Indian Civil Veterinary Department memoirs
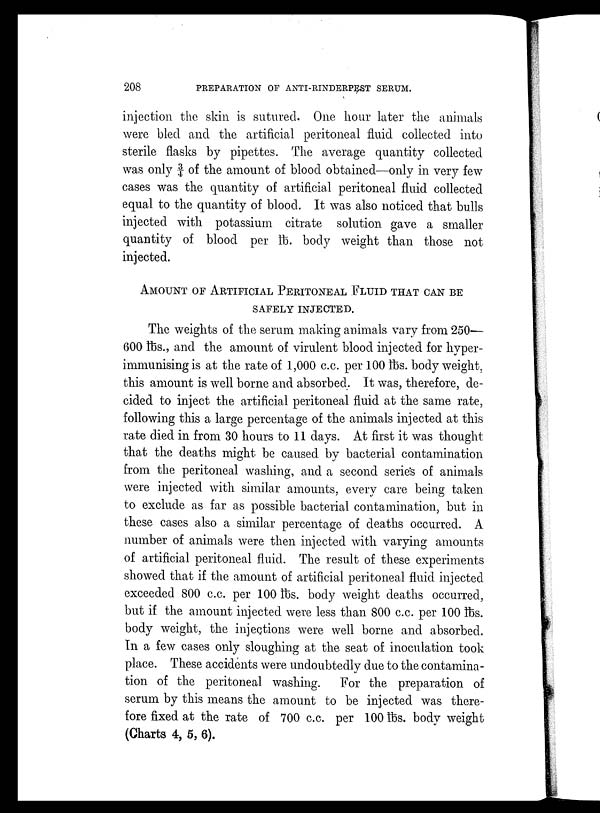
208
PREPARATION OF ANTI-RINDERPEST SERUM.
injection the skin is sutured. One hour later the animals
were bled and the artificial peritoneal fluid collected into
sterile flasks by pipettes. The average quantity collected
was only ¾ of the amount of blood obtained—only in very few
cases was the quantity of artificial peritoneal fluid collected
equal to the quantity of blood. It was also noticed that bulls
injected with potassium citrate solution gave a smaller
quantity of blood per lb. body weight than those not
injected.
AMOUNT OF ARTIFICIAL PERITONEAL FLUID THAT CAN BE
SAFELY INJECTED.
The weights of the serum making animals vary from 250—
600 lbs., and the amount of virulent blood injected for hyper-
immunising is at the rate of 1,000 c.c. per 100 lbs. body weight,
this amount is well borne and absorbed. It was, therefore, de-
cided to inject the artificial peritoneal fluid at the same rate,
following this a large percentage of the animals injected at this
rate died in from 30 hours to 11 days. At first it was thought
that the deaths might be caused by bacterial contamination
from the peritoneal washing, and a second series of animals
were injected with similar amounts, every care being taken
to exclude as far as possible bacterial contamination, but in
these cases also a similar percentage of deaths occurred. A
number of animals were then injected with varying amounts
of artificial peritoneal fluid. The result of these experiments
showed that if the amount of artificial peritoneal fluid injected
exceeded 800 c.c. per 100 lbs. body weight deaths occurred,
but if the amount injected were less than 800 c.c. per 100 lbs.
body weight, the injections were well borne and absorbed.
In a few cases only sloughing at the seat of inoculation took
place. These accidents were undoubtedly due to the contamina-
tion of the peritoneal washing. For the preparation of
serum by this means the amount to be injected was there-
fore fixed at the rate of 700 c.c. per 100 lbs. body weight
(Charts 4, 5, 6).